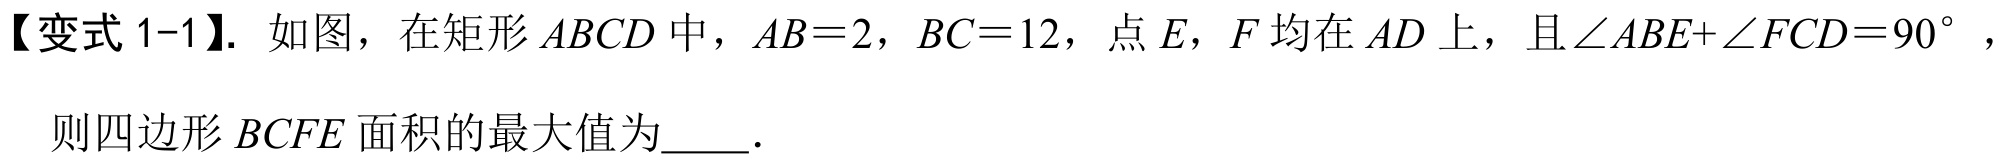
【变式 1-1】. 如图，在矩形 \(ABCD\) 中，\(AB = 2\)，\(BC = 12\)，点 \(E\)，\(F\) 均在 \(AD\) 上，且 \(\angle ABE+\angle FCD = 90^{\circ}\)，
则四边形 \(BCFE\) 面积的最大值为  ．